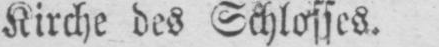
Kirche des Schlosses.